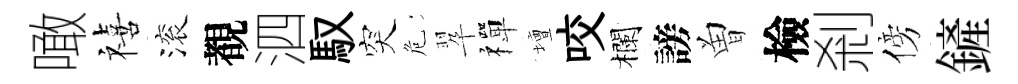
噉禧滚覩泗馭突危翆禪壇咬欄謗曽檢剎傍鏟